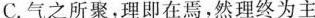
C.气之所聚，理即在焉，然理终为主